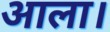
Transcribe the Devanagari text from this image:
आला।